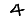
Digit: 4